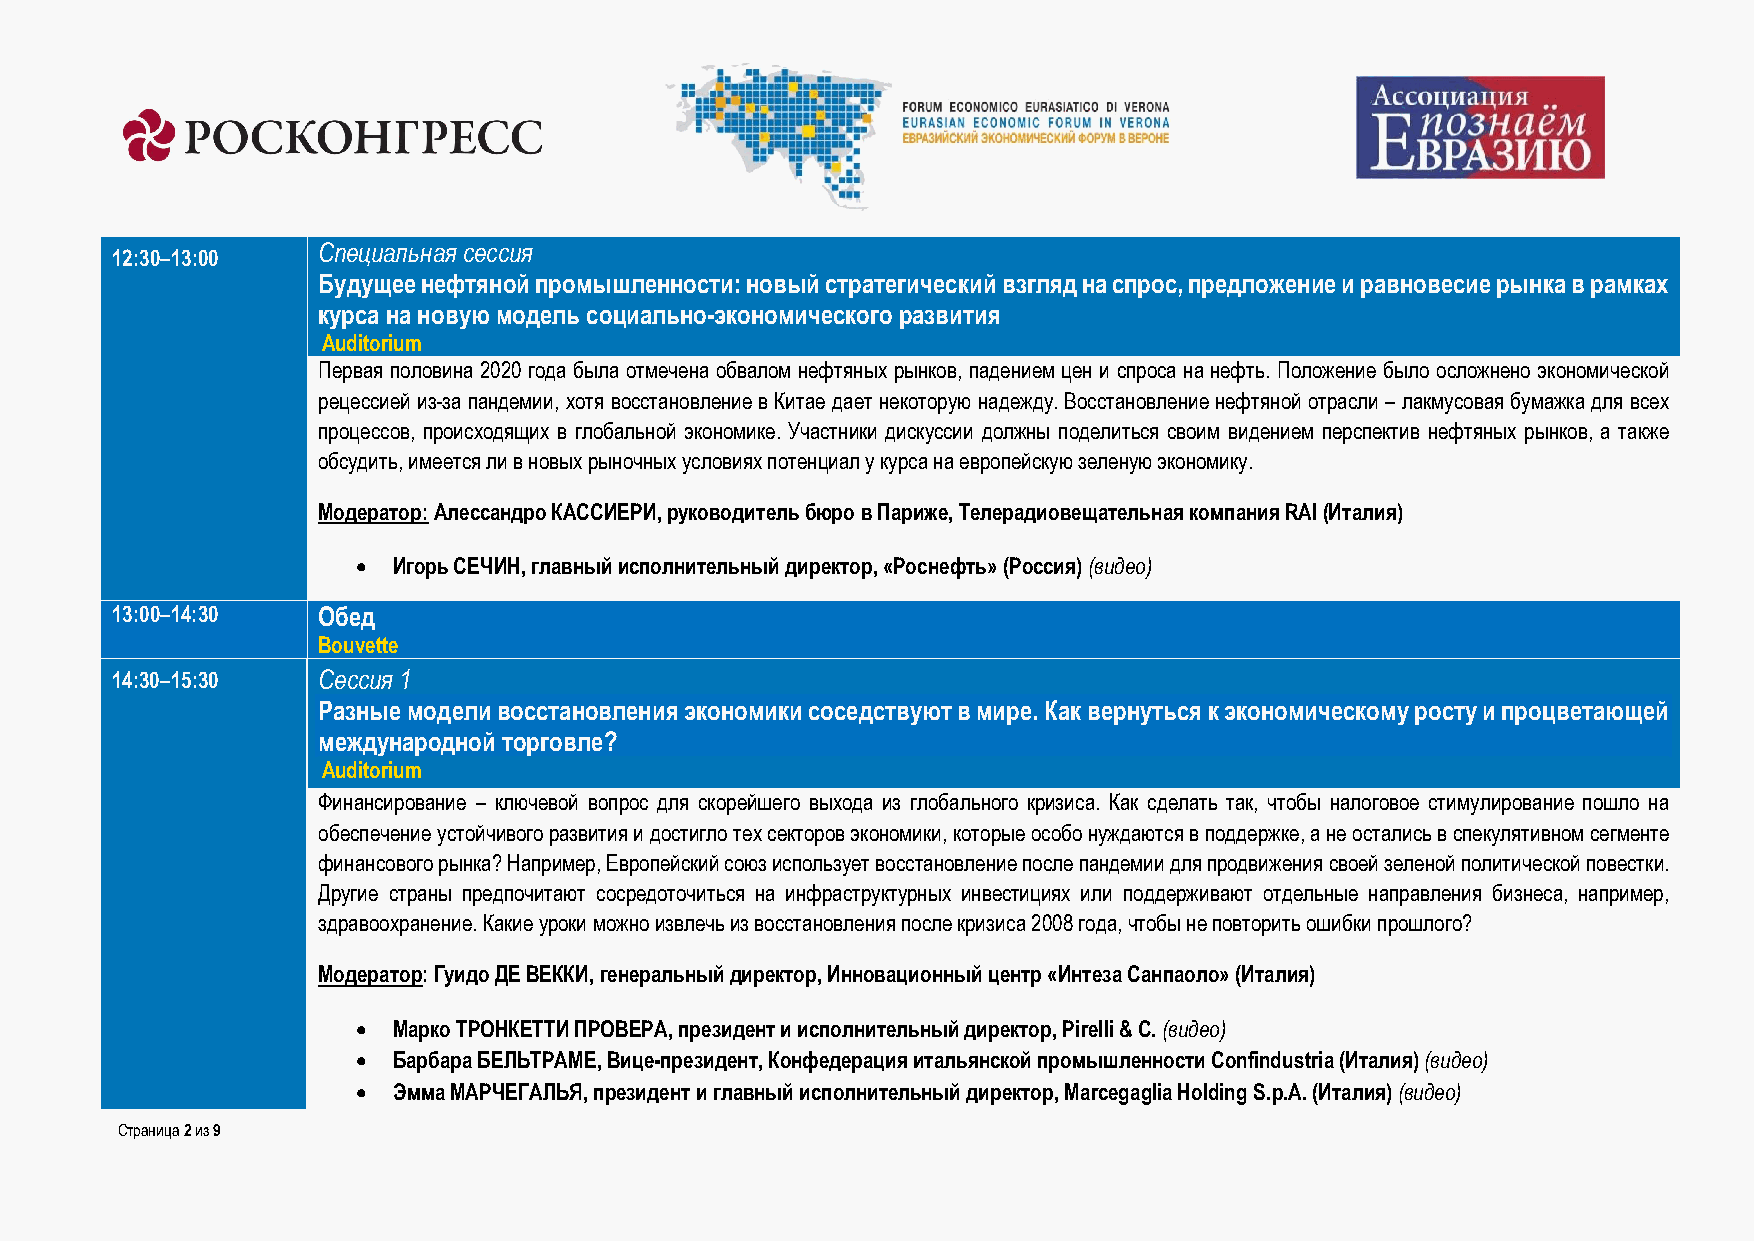
Специальная сессия
 12:30–13:00
 Будущее нефтяной промышленности: новый стратегический взгляд на спрос, предложение и равновесие рынка в рамках
 курса на новую модель социально-экономического развития
 Auditorium
 Первая половина 2020 года была отмечена обвалом нефтяных рынков, падением цен и спроса на нефть. Положение было осложнено экономической
 рецессией из-за пандемии, хотя восстановление в Китае дает некоторую надежду. Восстановление нефтяной отрасли – лакмусовая бумажка для всех
 процессов, происходящих в глобальной экономике. Участники дискуссии должны поделиться своим видением перспектив нефтяных рынков, а также
 обсудить, имеется ли в новых рыночных условиях потенциал у курса на европейскую зеленую экономику.
 Модератор: Алессандро КАССИЕРИ, руководитель бюро в Париже, Телерадиовещательная компания RAI (Италия)
  Игорь СЕЧИН, главный исполнительный директор, «Роснефть» (Россия) (видео)
 13:00–14:30   Обед
 Bouvette
 14:30–15:30   Сессия 1
 Разные модели восстановления экономики соседствуют в мире. Как вернуться к экономическому росту и процветающей
 международной торговле?
 Auditorium
 Финансирование – ключевой вопрос для скорейшего выхода из глобального кризиса. Как сделать так, чтобы налоговое стимулирование пошло на
 обеспечение устойчивого развития и достигло тех секторов экономики, которые особо нуждаются в поддержке, а не остались в спекулятивном сегменте
 финансового рынка? Например, Европейский союз использует восстановление после пандемии для продвижения своей зеленой политической повестки.
 Другие страны предпочитают сосредоточиться на инфраструктурных инвестициях или поддерживают отдельные направления бизнеса, например,
 здравоохранение. Какие уроки можно извлечь из восстановления после кризиса 2008 года, чтобы не повторить ошибки прошлого?
 Модератор: Гуидо ДЕ ВЕККИ, генеральный директор, Инновационный центр «Интеза Санпаоло» (Италия)
  Марко ТРОНКЕТТИ ПРОВЕРА, президент и исполнительный директор, Pirelli & C. (видео)
  Барбара БЕЛЬТРАМЕ, Вице-президент, Конфедерация итальянской промышленности Confindustria (Италия) (видео)
  Эмма МАРЧЕГАЛЬЯ, президент и главный исполнительный директор, Marcegaglia Holding S.p.A. (Италия) (видео)
 Страница 2 из 9